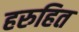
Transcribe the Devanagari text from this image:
हरुहित